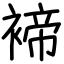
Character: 褅